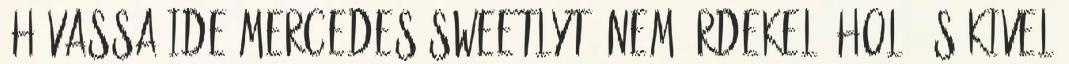
-Hívassa ide Mercedes Sweetlyt. Nem érdekel, hol, és kivel